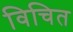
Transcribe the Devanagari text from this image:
विचित